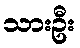
သားဦး